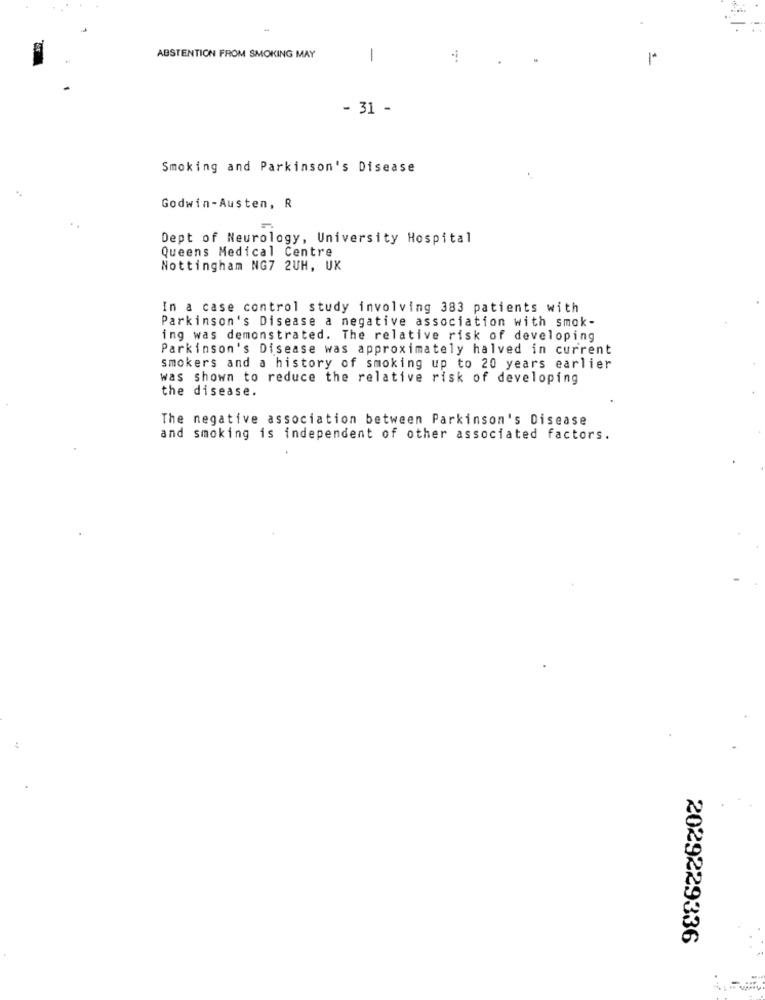
ABSTENTION FROM SMOKING MAY
-
- 31 -
Smoking and Parkinson's Disease
Godwin-Austen, R
Dept of Neurology, University Hospital
Queens Medical Centre
Nottingham NG7 2UH, UK
In a case control study involving 383 patients with
Parkinson's Disease a negative association with smok-
ing was demonstrated. The relative risk of developing
Parkinson's Disease was approximately halved in current
smokers and a history of smoking up to 20 years earlier
was shown to reduce the relative risk of developing
the disease.
The negative association between Parkinson's Disease
and smoking is independent of other associated factors.
2029229336